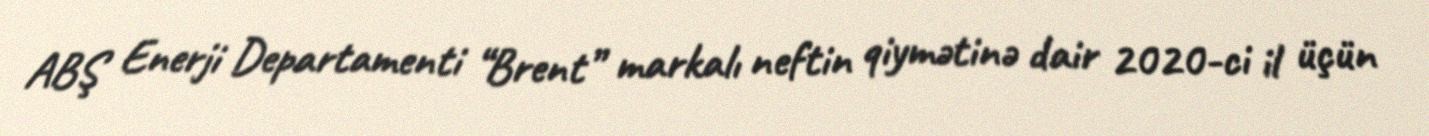
ABŞ Enerji Departamenti “Brent” markalı neftin qiymətinə dair 2020-ci il üçün